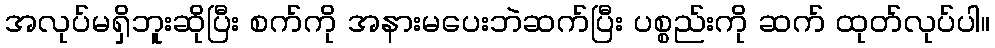
အလုပ်မရှိဘူးဆိုပြီး စက်ကို အနားမပေးဘဲဆက်ပြီး ပစ္စည်းကို ဆက် ထုတ်လုပ်ပါ။